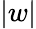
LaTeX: \lvert w\rvert